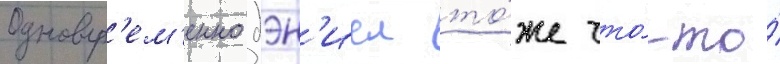
Одновр'ем'енно дэн'иел то́же что́-то́